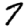
Digit: 7